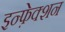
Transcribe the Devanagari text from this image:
इन्फ़ेक्शन